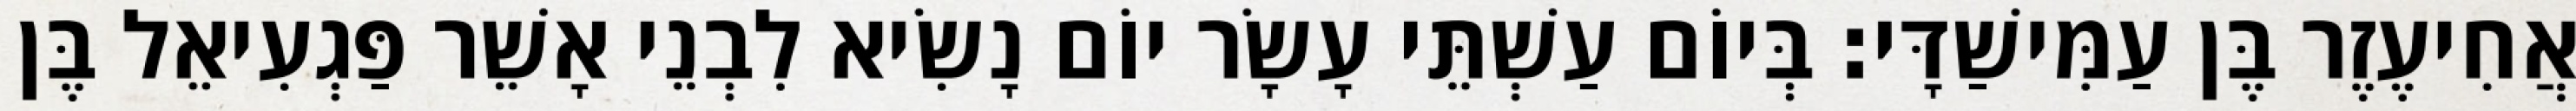
אֲחִיעֶזֶר בֶּן עַמִּישַׁדָּי׃ בְּיוֹם עַשְׁתֵּי עָשָׂר יוֹם נָשִׂיא לִבְנֵי אָשֵׁר פַּגְעִיאֵל בֶּן